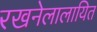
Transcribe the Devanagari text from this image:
रखनेलालायित